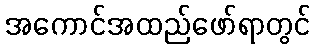
အကောင်အထည်ဖော်ရာတွင်